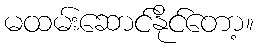
မထမ်းဆောင်နိုင်တော့။